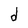
Character: d